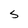
Character: S